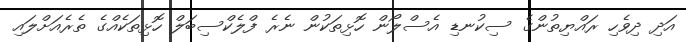
އަދި ދިވެހި ރައްޔިތުންގެ ސިކުނޑި އެސްލޯން ހޮޅިތަކުން ނެރެ ފްލެކްސިބަލް ހޮޅިތަކެއްގެ ތެރެއަށްލައި